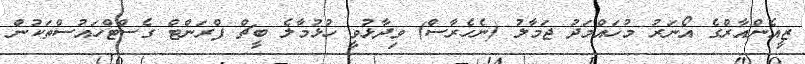
ޒީއެންއާރްގެ އޯނަރު މުހައްމަދު ޖަމާލު (ނެހެރާސް) ވިދާޅުވީ ހުޅުމާލެ ބީޗް ފްރަންޓް ގެސްޓްހައުސްތަކުން